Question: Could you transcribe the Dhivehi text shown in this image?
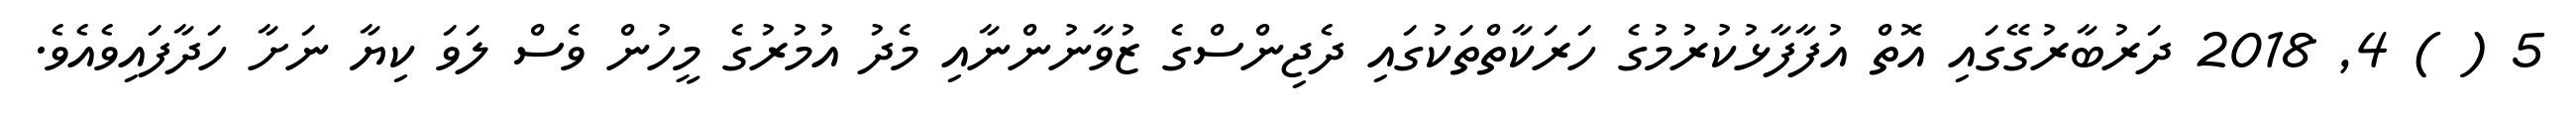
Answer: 5 ( ) 4, 2018 ދަރުބާރުގޭގައި އޮތް އުފާފާޅުކުރުމުގެ ހަރަކާތްތަކުގައި ދެޖިންސްގެ ޒުވާނުންނާއި މެދު އުމުރުގެ މީހުން ވެސް ލަވަ ކިޔާ ނަށާ ހަދާފައިވެއެވެ.